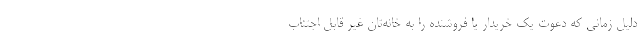
دلیل زمانی که دعوت یک خریدار یا فروشنده را به خانه‌تان غیر قابل اجتناب